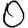
Digit: 0